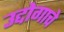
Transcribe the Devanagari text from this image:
उद्दोगाचे